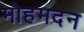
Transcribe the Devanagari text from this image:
मोहमदन